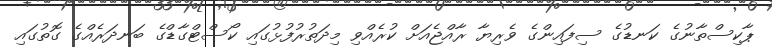
ޕާކިސްތާނުގެ ކަނޑުގެ ސިފައިންގެ ވެރިޔާ ރާއްޖެއަށް ކުރެއްވި މިދަތުރުފުޅުގައި ކޯސްޓްގާޑްގެ ބަނދަރެއްގެ ގޮތުގައި